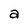
Character: a